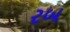
રબ